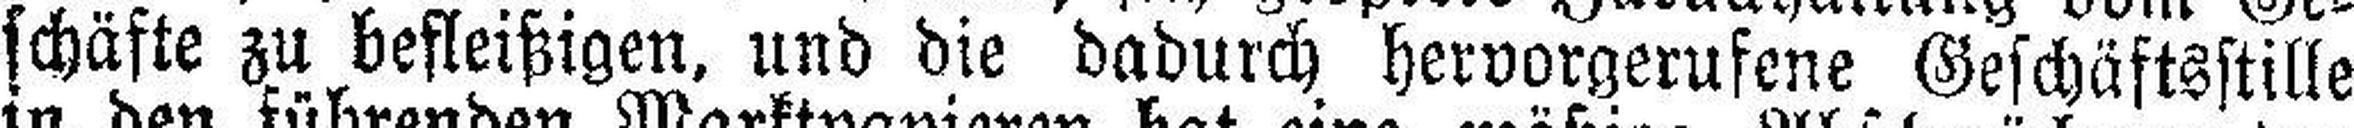
schäfte zu befleißigen, und die dadurch hervorgerufene Geschäftsstille